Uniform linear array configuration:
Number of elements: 24
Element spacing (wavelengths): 1
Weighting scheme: blackman
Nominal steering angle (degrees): -30
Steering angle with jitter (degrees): -29.391
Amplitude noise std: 0.05
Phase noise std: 0.05

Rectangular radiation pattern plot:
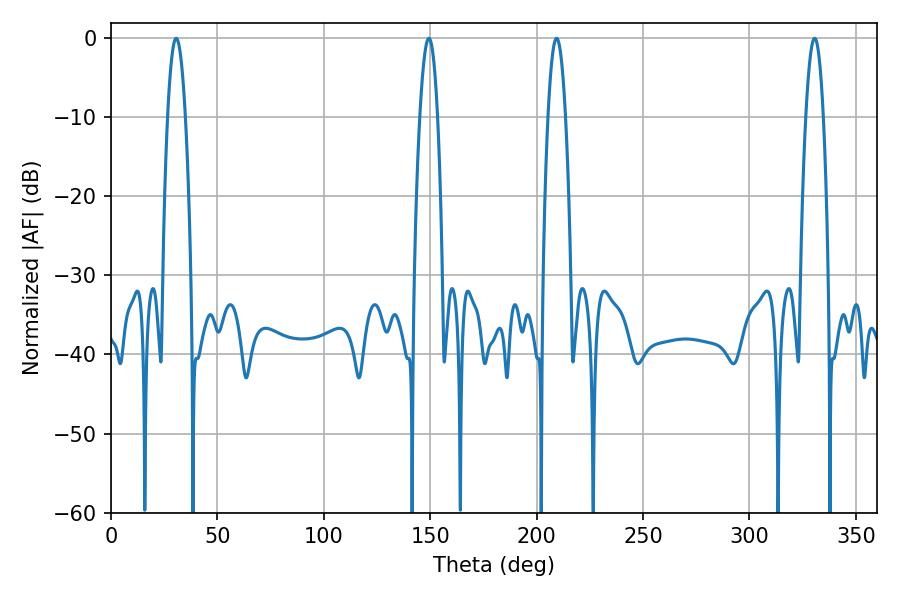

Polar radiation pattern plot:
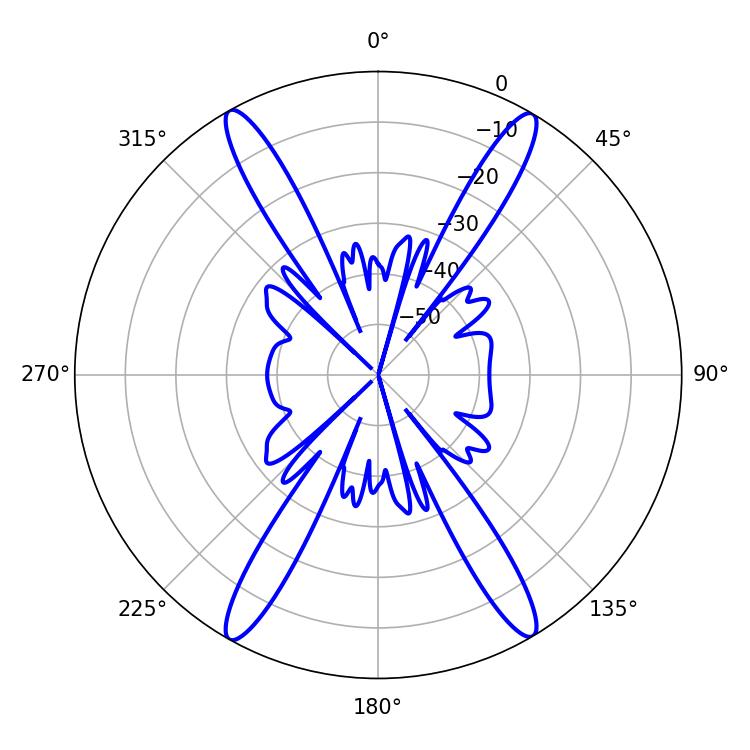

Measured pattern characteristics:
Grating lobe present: TRUE
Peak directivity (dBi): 26.515
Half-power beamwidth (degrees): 4.5
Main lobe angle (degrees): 209.34